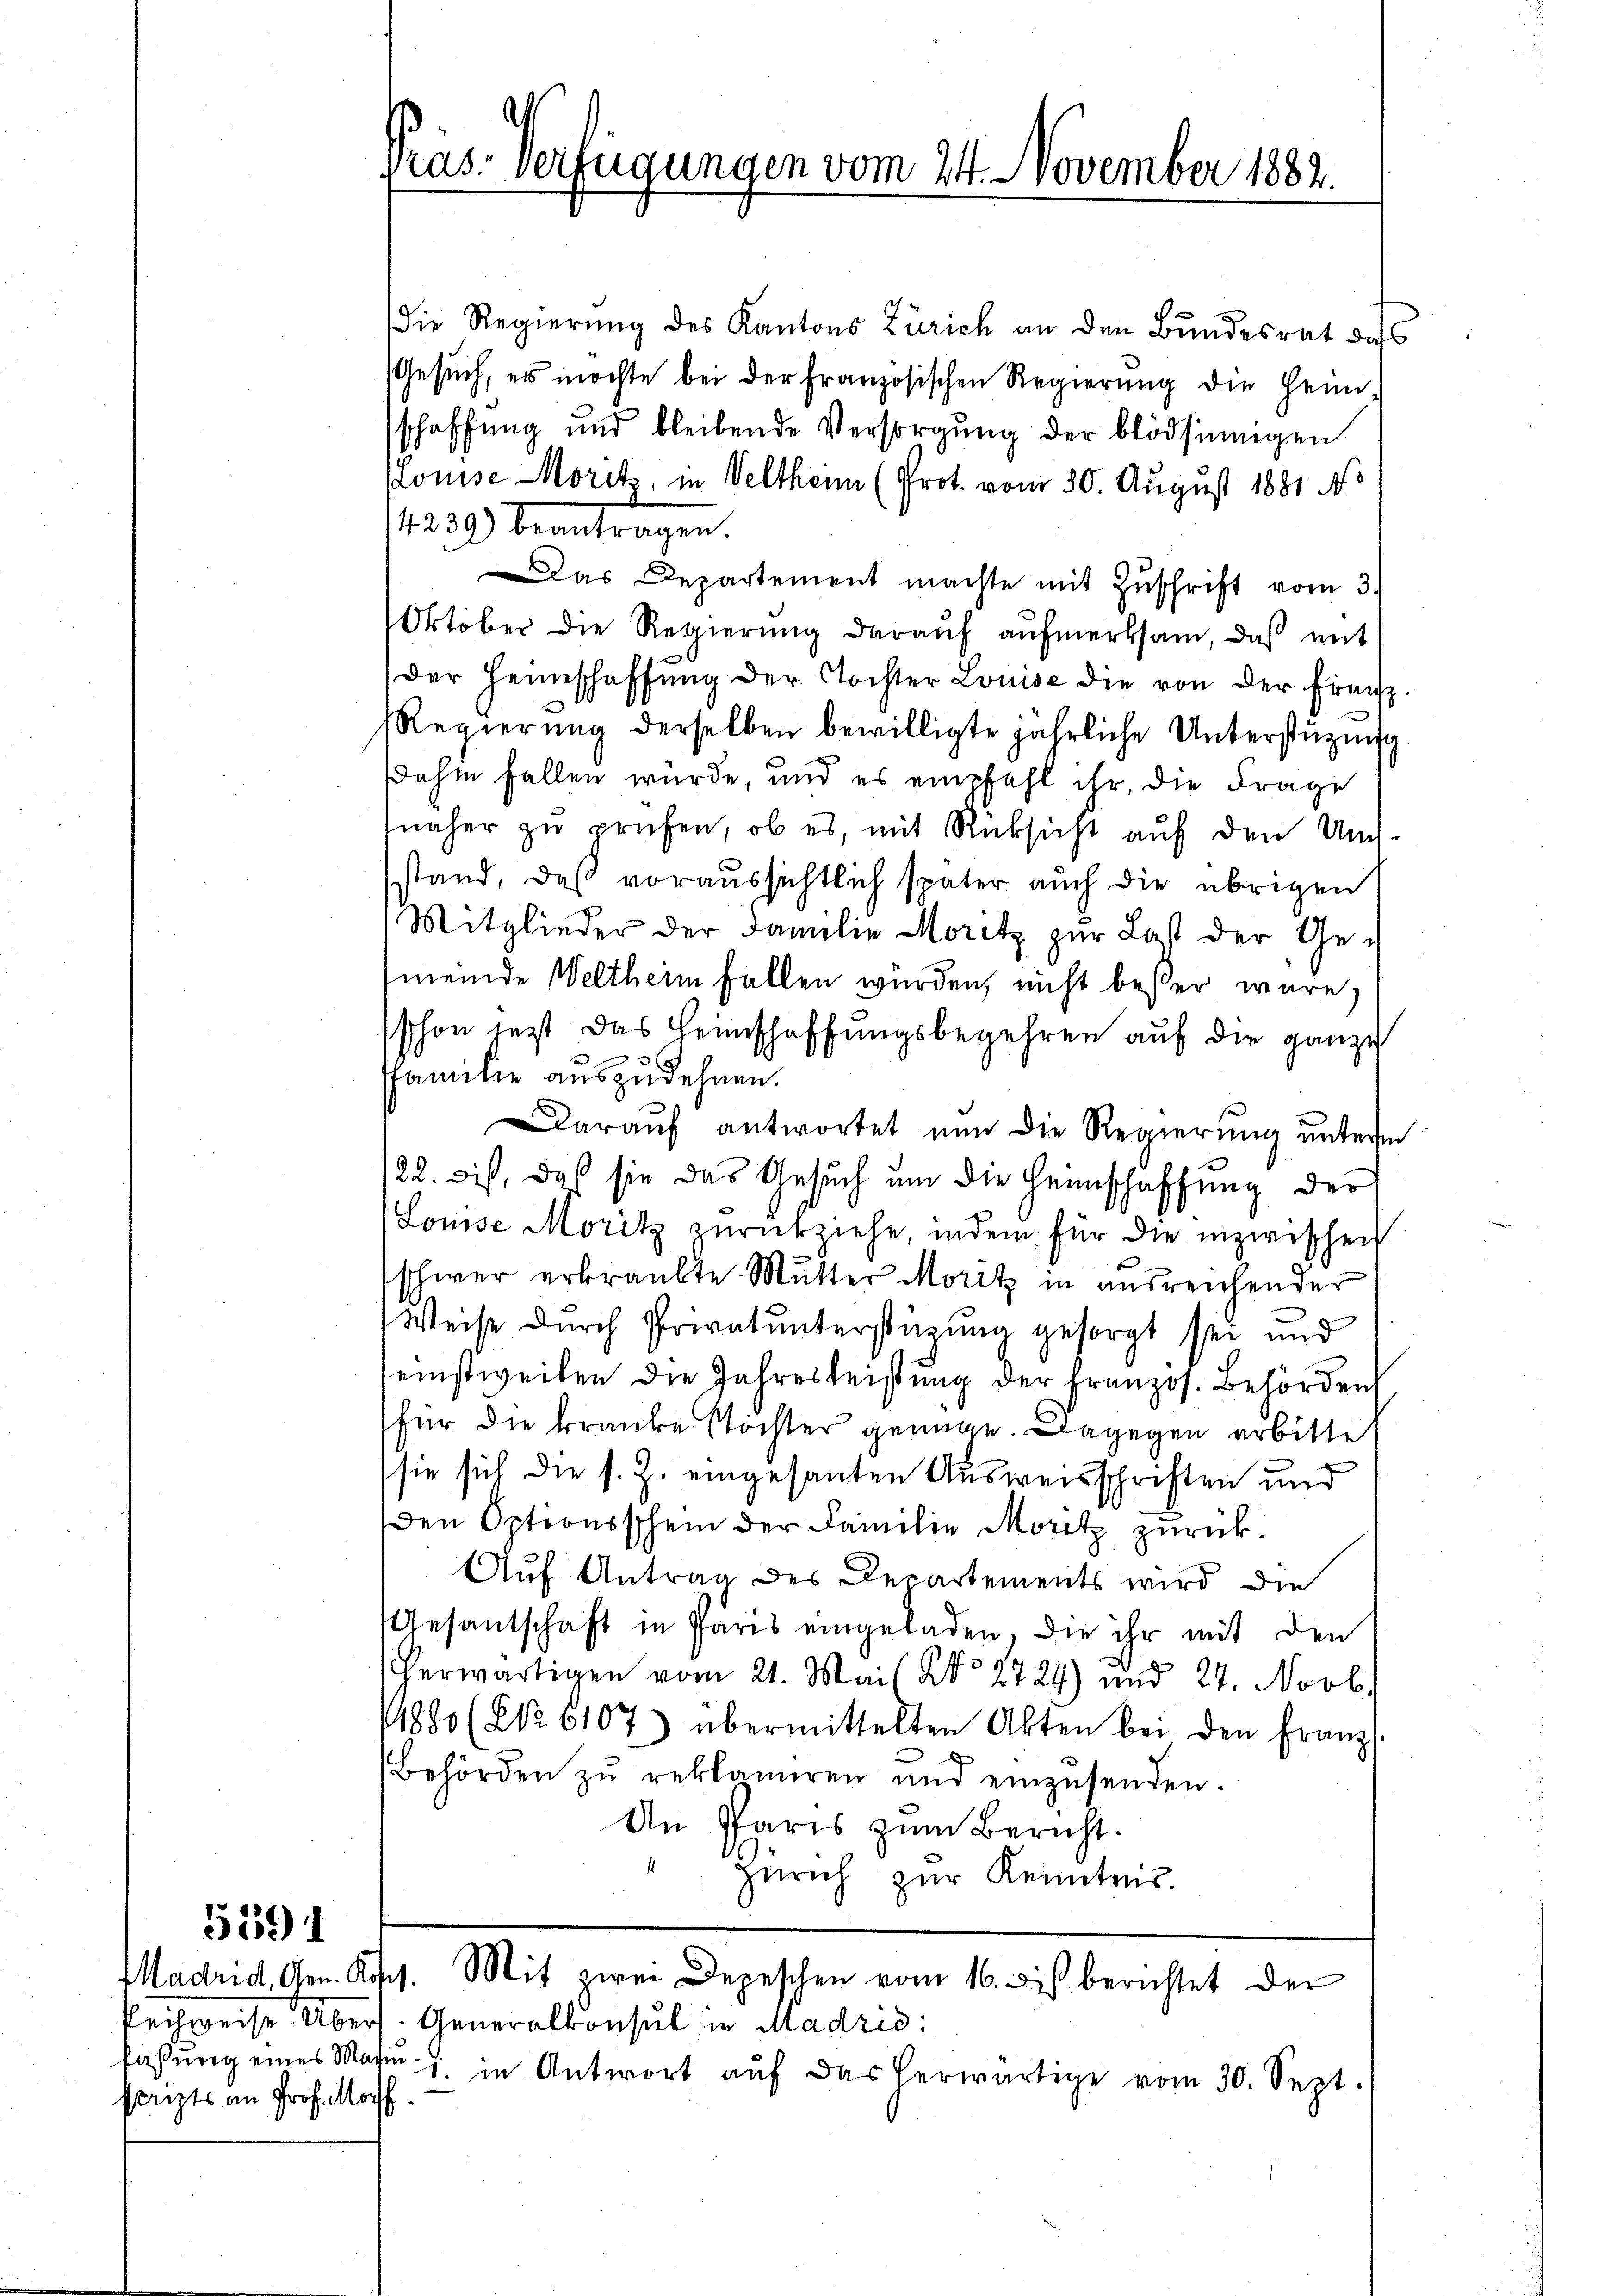
5591

scripts an Prof. Morf

pras. verfügungen vom 24. November 1882.

ie Regierung des Kantons Zürich an den Bundesrat das
Gesuch, es möchte bei der französischen Regierung die Heim
schaffung und bleibende Versorgŭng der blödsinnigen
Kouise Morit, in Velthen (Prot. vom 30. August 1881 No
1220) beantragen.
as Departement machte mit Zuschrift vom 3.
Oktober die Regierŭng daraŭf aŭfmerksam, daß mit
der Heimschaffŭng der Tochter Louise die von der Frau
Regierŭng derselben bewilligte jährliche Unterstüzung
dahin fallen würde, und es empfahl ihr, die Frage
näher zu prüfen, ob es, mit Rücksicht auf den Umsstand, daß voraussichtlich später auch die übrigen
Mitglieder der Familie Moritz zur Last der Gemeinde Weltheim fallen würden, nicht besser wäre,
schon jetzt das Heimschaffungsbegehren auf die ganze
Familie auszudehnen.
Darauf antwortet nun die Regierung unterm
122. bist, daß sie das Gesuch um die Heimschaffung der
Louise Moritz zurückziehe, indem für die inzwischen
schwer erkraubte Mutter Moritz in ausreichender
Weise durch Privatunterstüzung gesorgt sei und
einstweilen die Jahresleistung der Französ. Behörden
für die kranke Töchter genüge. Dagegen erbitte
sie sich die s. Z. eingesanten Ausweisschriften und
den Optionsschein der Familie Moritz zurück.
Auf Antrag des Departements wird die
Gesantschaft in Paris eingeladen, die ihr mit den
herwärtigen vom 21. Mais No 2729) und 27. Novb.
1880 (NNo. 6107) übermittelten Akten bei den Franz
Behörden zŭ reklamiren und einzŭsenden.
An Paris zum Bericht.
Zürich zur Kenntnis.
Madrid, Gen. Koss. Mit zwei Depeschen vom 16. bis berichtet der
Pechweise. Übers. Generalkonsul in Madrid:
fassŭng eines Marie 1 in Antwort aŭf das herwärtige vom 30. Sept.